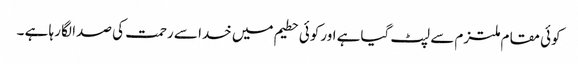
کوئی مقام ملتزم سے لپٹ گیاہے اورکوئی حطیم میں خدا سے رحمت کی صدا لگا رہا ہے ۔